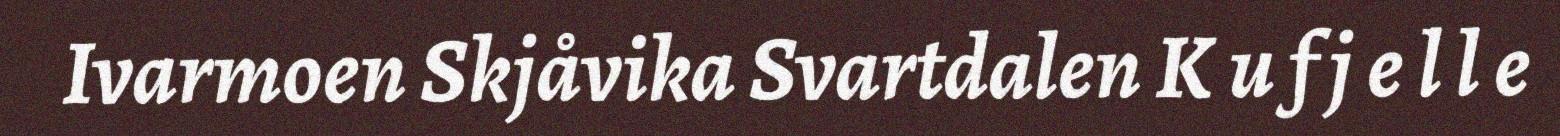
Ivarmoen Skjåvika Svartdalen K u f j e l l e